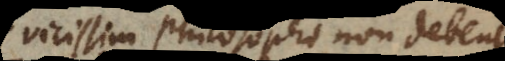
Vicissim Philosophi non debent